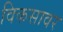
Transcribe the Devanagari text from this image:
विकसावर